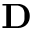
{ \bf D }